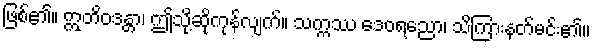
ဖြစ်၏။ ဣတိဝဒန္တာ၊ ဤသို့ဆိုကုန်လျက်။ သက္ကဿ ဒေဝရညော၊ သိကြားနတ်မင်း၏။